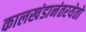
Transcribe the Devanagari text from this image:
कालखंडानंतरयेतो